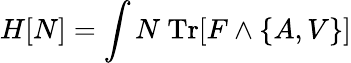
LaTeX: H[N]=\int N\ \mathrm{Tr}[F\wedge\{ A,V\} ]